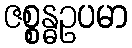
ဇစ္စန္ဓဥပမာ